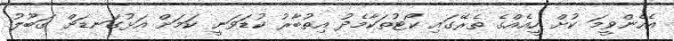
އެހެންވީމަ ކުށް ހީއެއްގެ ތެރޭގައި ކޯޓުތަކާމެދު އިތުބާރު ކުޑަވަނީ ކަމަށް އަޅުގަނޑަށް ގަބޫލު